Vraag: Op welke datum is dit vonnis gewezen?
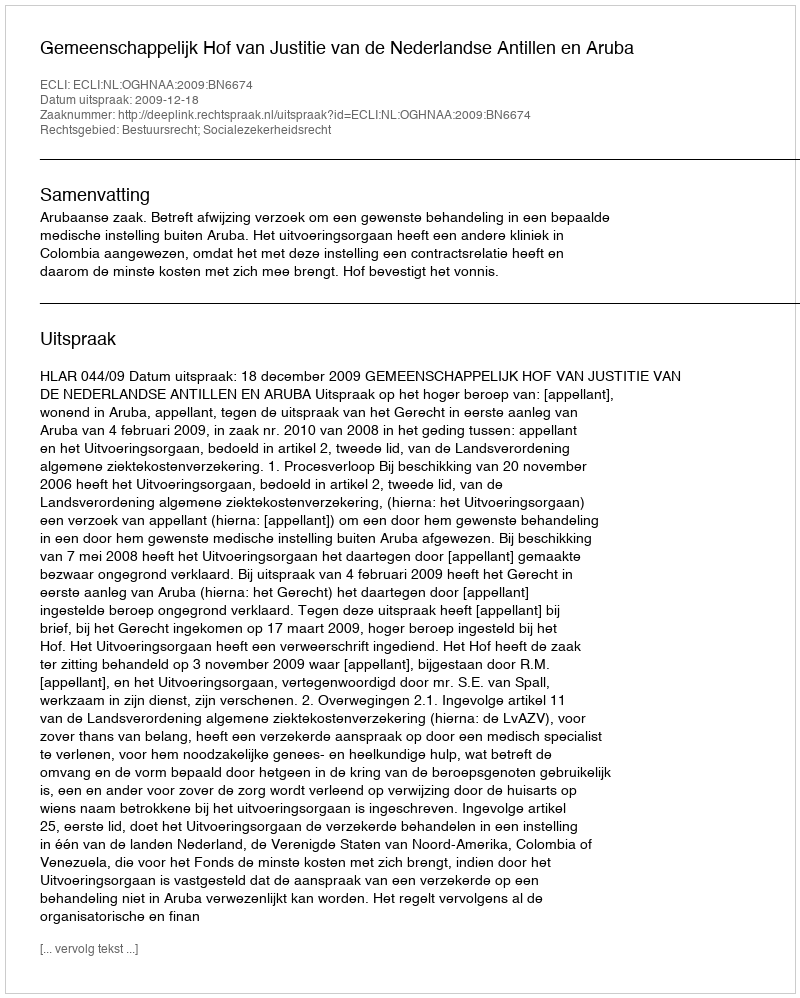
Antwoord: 2009-12-18